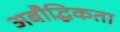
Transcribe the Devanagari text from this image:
अबौद्धिकता